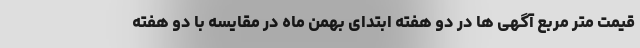
قیمت متر مربع آگهی ها در دو هفته ابتدای بهمن ماه در مقایسه با دو هفته